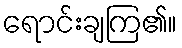
ရောင်းချကြ၏။